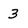
Character: 3